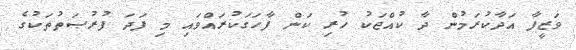
ވަޒީފާ އަދާކުރަމުން ދާ ކުއްޖަކު ހުރި ކަން ފާހަގަކުރައްވައި މި ފަދަ ފުރުޞަތުތަކުގެ